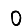
Digit: 0